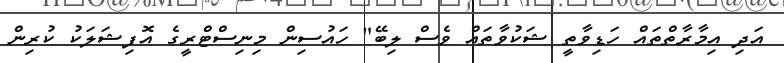
އަދި އިމާރާތްތައް ހަޑިވާތީ ޝަކުވާތައް ވެސް ލިބޭ" ހައުސިން މިނިސްޓްރީގެ އޮފިޝަލަކު ކުރިން